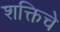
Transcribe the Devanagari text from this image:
शक्तिचे